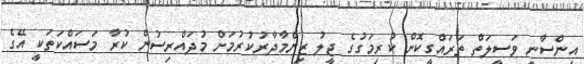
އިންސާނީ ވަސީލަތް ތަރައްގީކޮށް ކުރިމަގުގެ ޖީލު ޒިންމާދާރުކުރުމަށް މުދައްރިސުން ކުރާ މަސައްކަތަކީ އޭގެ